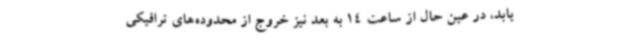
یابد، در عین حال از ساعت 14 به بعد نیز خروج از محدوده‌های ترافیکی